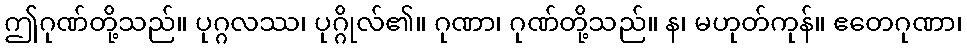
ဤဂုဏ်တို့သည်။ ပုဂ္ဂလဿ၊ ပုဂ္ဂိုလ်၏။ ဂုဏာ၊ ဂုဏ်တို့သည်။ န၊ မဟုတ်ကုန်။ ဧတေဂုဏာ၊